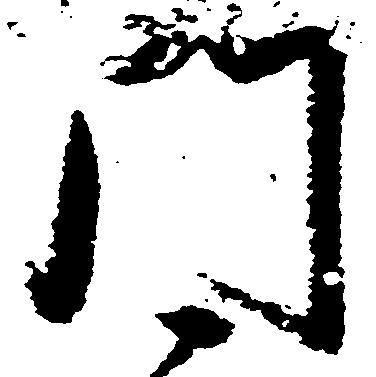
門